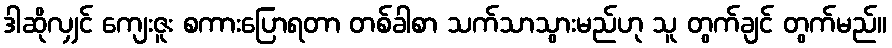
ဒါဆိုလျှင် ကျေးဇူး စကားပြောရတာ တစ်ခါစာ သက်သာသွားမည်ဟု သူ တွက်ချင် တွက်မည်။